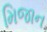
મિજાન